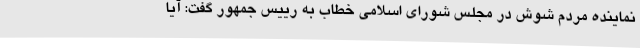
نماینده مردم شوش در مجلس شورای اسلامی خطاب به رییس جمهور گفت: آیا